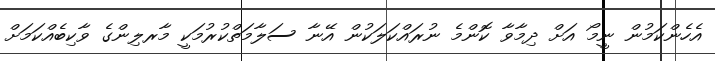
އެހެންކަމުން ނީމޯ އަށް ދިމާވާ ކޮންމެ ނުރައްކަލަކުން އޭނާ ސަލާމަތްކުރުމަކީ މާރލިންގެ ވާކިބެއްކަމަށް